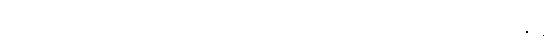
သို့သော် ရိုးရာထုံးစံအတိုင်း ဝမ်းဆွဲလက်သည်များကို စစ်ဆေးကြည့်လိုက်သောအခါ ရာမီဇာနှင့်